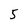
Character: 5